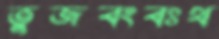
তুজবংবঃথ